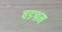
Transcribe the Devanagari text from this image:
षडश्रम